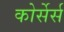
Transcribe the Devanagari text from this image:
कोर्सेर्स